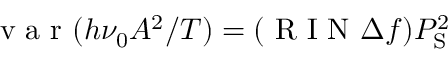
\mathrm { ~ v ~ a ~ r ~ } ( h \nu _ { 0 } A ^ { 2 } / T ) = ( \mathrm { ~ R ~ I ~ N ~ } \Delta f ) P _ { \mathrm { S } } ^ { 2 }